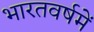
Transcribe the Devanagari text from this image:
भारतवर्षमें